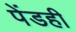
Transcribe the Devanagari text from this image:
पेंडही